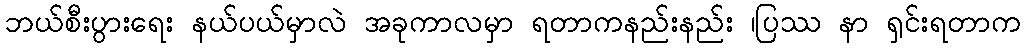
ဘယ်စီးပွားရေး နယ်ပယ်မှာလဲ အခုကာလမှာ ရတာကနည်းနည်း ၊ပြဿ နာ ရှင်းရတာက